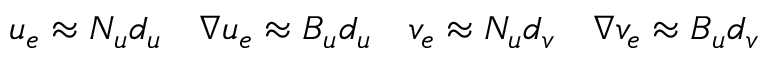
\begin{array} { c c c c } { u _ { e } \approx N _ { u } d _ { u } } & { \nabla u _ { e } \approx B _ { u } d _ { u } } & { v _ { e } \approx N _ { u } d _ { v } } & { \nabla v _ { e } \approx B _ { u } d _ { v } } \end{array}